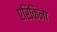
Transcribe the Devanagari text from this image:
एरिकिना